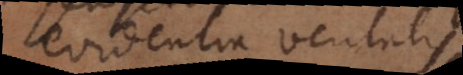
evidentia veritatis.